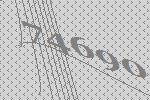
74690